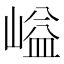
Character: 𡺬